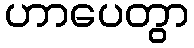
ဟာပေတွာ